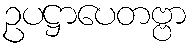
ဥပဋ္ဌာပေတဗ္ဗာ